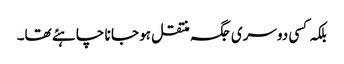
بلکہ کسی دوسری جگہ منتقل ہو جا نا چاہئے تھا۔